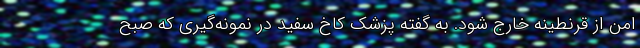
امن از قرنطینه خارج شود. به گفته پزشک کاخ سفید در نمونه‌گیری که صبح